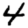
Digit: 4